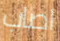
اصاب